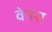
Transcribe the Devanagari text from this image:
वेनरा